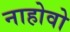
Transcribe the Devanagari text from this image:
नाहोवो